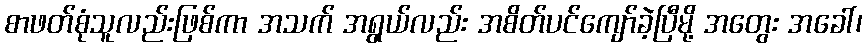
စာဖတ်စုံသူလည်းဖြစ်ကာ အသက် အရွယ်လည်း အစိတ်ပင်ကျော်ခဲ့ပြီမို့ အတွေး အခေါ်၊